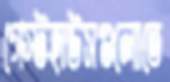
গেস্টহাউসগুলোতে